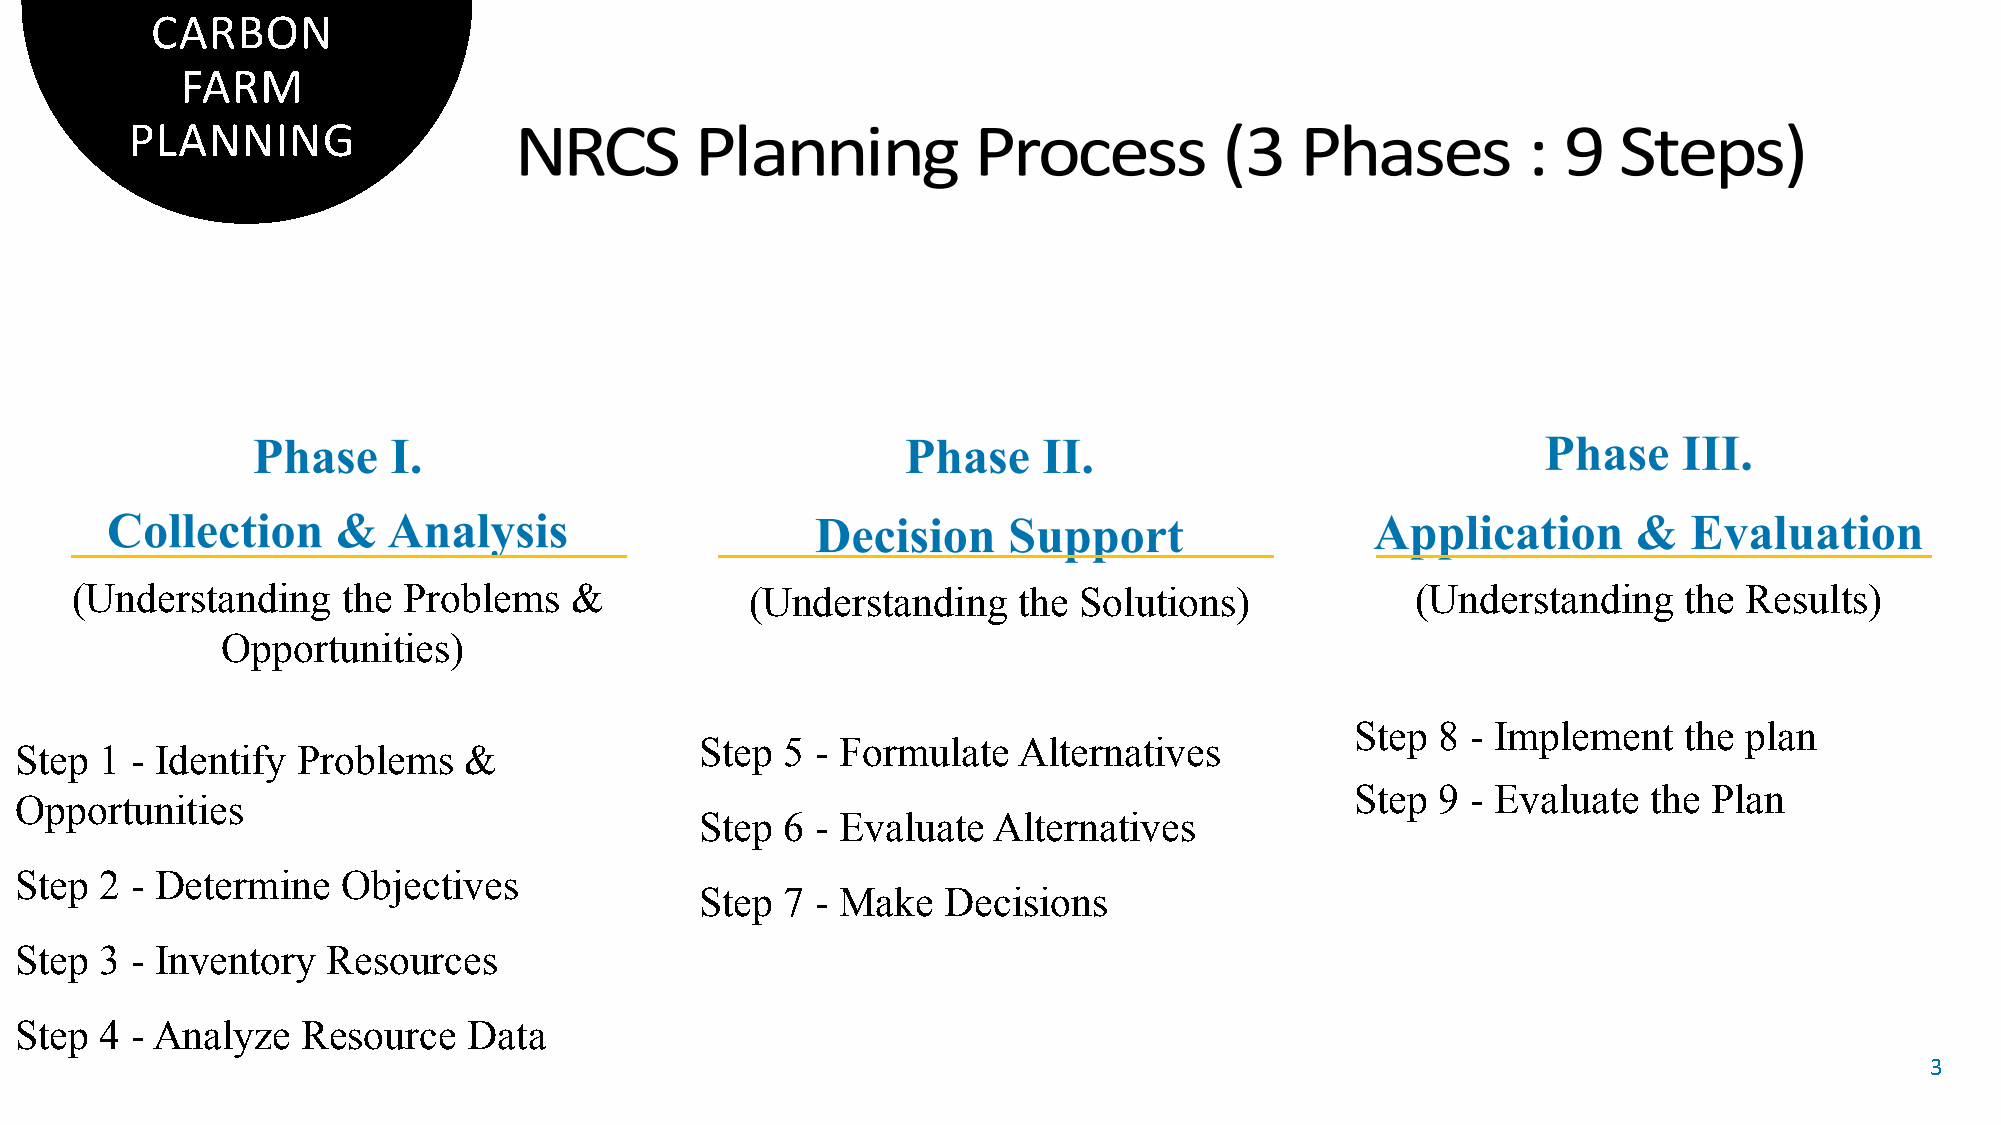
CARBON
 FARM
 PLANNING
 (Understanding    the Problems   &           (Understanding   the Solutions)             (Understanding   the  Results)
 Opportunities)
 Step 8 - Implement   the  plan
 Step  5 - Formulate  Alternatives
 Step  1 - Identify Problems   &
 Step 9 - Evaluate  the Plan
 Opportunities
 Step  6 - Evaluate  Alternatives
 Step  2 - Determine   Objectives
 Step  7 - Make  Decisions
 Step  3 - Inventory  Resources
 Step  4 - Analyze  Resource   Data
 3